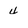
Character: 4